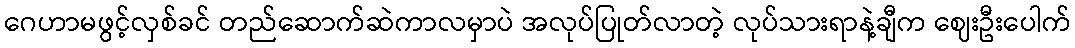
ဂေဟာမဖွင့်လှစ်ခင် တည်ဆောက်ဆဲကာလမှာပဲ အလုပ်ပြုတ်လာတဲ့ လုပ်သားရာနဲ့ချီက ဈေးဦးပေါက်